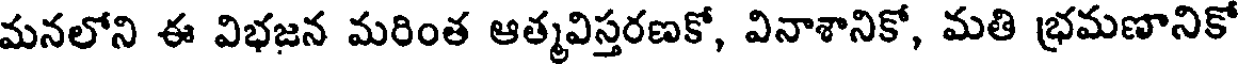
మనలోని ఈ విభజన మరింత ఆత్మవిస్తరణకో, వినాశానికో, మతి భ్రమణానికో